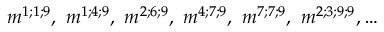
m ^ { 1 ; 1 ; 9 } , \ m ^ { 1 ; 4 ; 9 } , \ m ^ { 2 ; 6 ; 9 } , \ m ^ { 4 ; 7 ; 9 } , \ m ^ { 7 ; 7 ; 9 } , \ m ^ { 2 ; 3 ; 9 ; 9 } , \dots